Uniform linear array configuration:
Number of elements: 16
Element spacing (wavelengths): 0.25
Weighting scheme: binomial
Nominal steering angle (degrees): -60
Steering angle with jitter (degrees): -59.972
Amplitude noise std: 0.05
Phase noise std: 0.05

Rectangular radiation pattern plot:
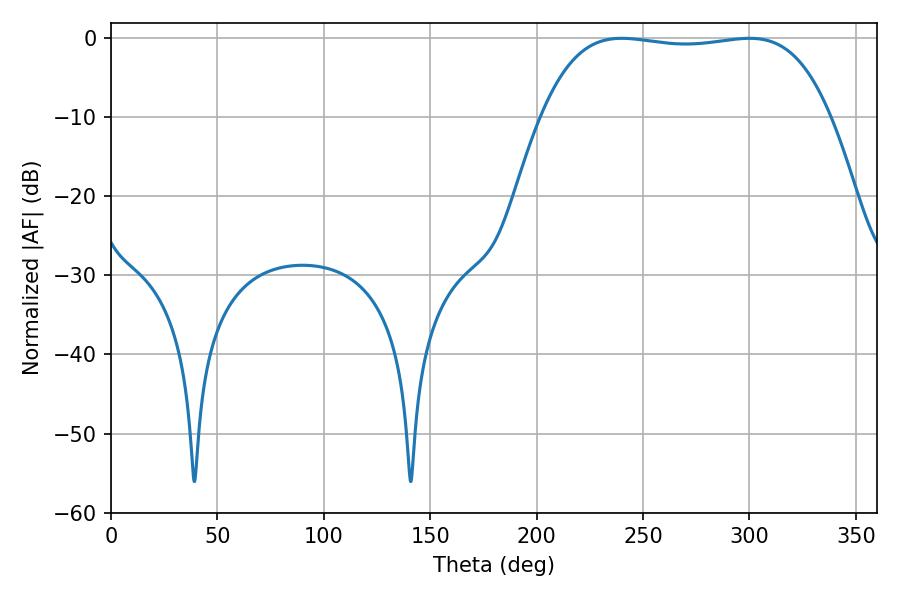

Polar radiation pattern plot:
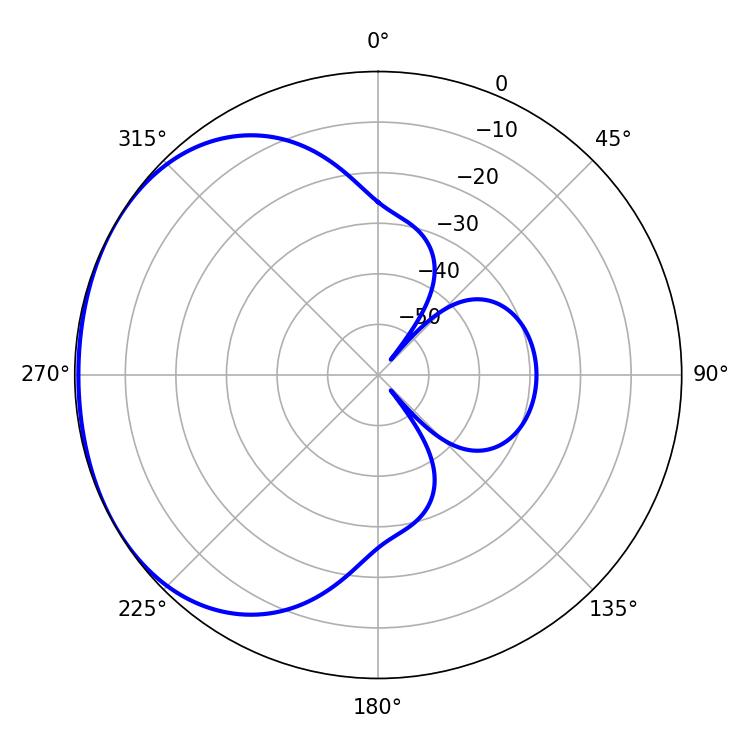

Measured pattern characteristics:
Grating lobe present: FALSE
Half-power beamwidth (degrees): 107.28
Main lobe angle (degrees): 239.94